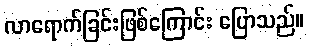
လာရောက်ခြင်းဖြစ်ကြောင်း ပြောသည်။